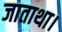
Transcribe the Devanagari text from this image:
जाताथा।